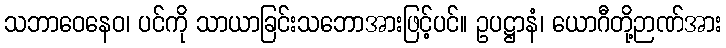
သဘာဝေနေဝ၊ ပင်ကို သာယာခြင်းသဘောအားဖြင့်ပင်။ ဥပဋ္ဌာနံ၊ ယောဂီတို့ဉာဏ်အား